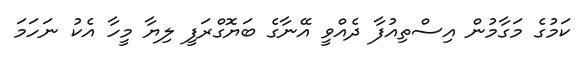
ކަމުގެ މަގާމުން އިސްތިއުފާ ދެއްވީ އޭނާގެ ބަޔޮގްރަފީ ލިޔާ މީހާ އެކު ނަހަމަ